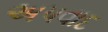
અપવાદ